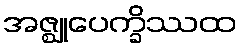
အဇ္ဈုပေက္ခိဿထ